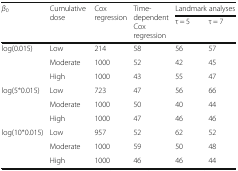
| <ROWSPAN=2> β0 | <ROWSPAN=2> Cumulative dose | <ROWSPAN=2> Cox regression | <ROWSPAN=2> Time-dependentCox regression | <COLSPAN=2> Landmark analyses |
 | τ = 5 | τ = 7 |
 | --- | --- | --- | --- | --- | --- |
 | <ROWSPAN=3> log(0.015) | Low | 214 | 58 | 56 | 57 |
 | Moderate | 1000 | 52 | 42 | 45 |
 | High | 1000 | 43 | 55 | 47 |
 | <ROWSPAN=3> log(5∗0.015) | Low | 723 | 47 | 56 | 66 |
 | Moderate | 1000 | 50 | 40 | 44 |
 | High | 1000 | 47 | 46 | 46 |
 | <ROWSPAN=3> log(10∗0.015) | Low | 957 | 52 | 62 | 52 |
 | Moderate | 1000 | 59 | 50 | 48 |
 | High | 1000 | 46 | 46 | 44 |